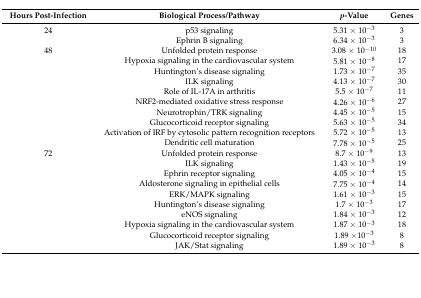
<table><thead><tr><td><b>Hours Post-Infection</b></td><td><b>Biological Process/Pathway</b></td><td><b><i>p</i>-Value</b></td><td><b>Genes</b></td></tr></thead><tbody><tr><td>24</td><td>p53 signaling</td><td>5.31 × 10<sup>−3</sup></td><td>3</td></tr><tr><td></td><td>Ephrin B signaling</td><td>6.34 × 10<sup>−3</sup></td><td>3</td></tr><tr><td>48</td><td>Unfolded protein response</td><td>3.08 × 10<sup>−10</sup></td><td>18</td></tr><tr><td></td><td>Hypoxia signaling in the cardiovascular system</td><td>5.81 × 10<sup>−8</sup></td><td>17</td></tr><tr><td></td><td>Huntington’s disease signaling</td><td>1.73 × 10<sup>−7</sup></td><td>35</td></tr><tr><td></td><td>ILK signaling</td><td>4.13 × 10<sup>−7</sup></td><td>30</td></tr><tr><td></td><td>Role of IL-17A in arthritis</td><td>5.5 × 10<sup>−7</sup></td><td>11</td></tr><tr><td></td><td>NRF2-mediated oxidative stress response</td><td>4.26 × 10<sup>−6</sup></td><td>27</td></tr><tr><td></td><td>Neurotrophin/TRK signaling</td><td>4.45 × 10<sup>−5</sup></td><td>15</td></tr><tr><td></td><td>Glucocorticoid receptor signaling</td><td>5.63 × 10<sup>−5</sup></td><td>34</td></tr><tr><td></td><td>Activation of IRF by cytosolic pattern recognition receptors</td><td>5.72 × 10<sup>−5</sup></td><td>13</td></tr><tr><td></td><td>Dendritic cell maturation</td><td>7.78 × 10<sup>−5</sup></td><td>25</td></tr><tr><td>72</td><td>Unfolded protein response</td><td>8.7 × 10<sup>−9</sup></td><td>13</td></tr><tr><td></td><td>ILK signaling</td><td>1.43 × 10<sup>−5</sup></td><td>19</td></tr><tr><td></td><td>Ephrin receptor signaling</td><td>4.05 × 10<sup>−4</sup></td><td>15</td></tr><tr><td></td><td>Aldosterone signaling in epithelial cells</td><td>7.75 × 10<sup>−4</sup></td><td>14</td></tr><tr><td></td><td>ERK/MAPK signaling</td><td>1.61 × 10<sup>−3</sup></td><td>15</td></tr><tr><td></td><td>Huntington’s disease signaling</td><td>1.7 × 10<sup>−3</sup></td><td>17</td></tr><tr><td></td><td>eNOS signaling</td><td>1.84 × 10<sup>−3</sup></td><td>12</td></tr><tr><td></td><td>Hypoxia signaling in the cardiovascular system</td><td>1.87 × 10<sup>−3</sup></td><td>18</td></tr><tr><td></td><td>Glucocorticoid receptor signaling</td><td>1.89 ×10<sup>−3</sup></td><td>8</td></tr><tr><td></td><td>JAK/Stat signaling</td><td>1.89 × 10<sup>−3</sup></td><td>8</td></tr></tbody></table>